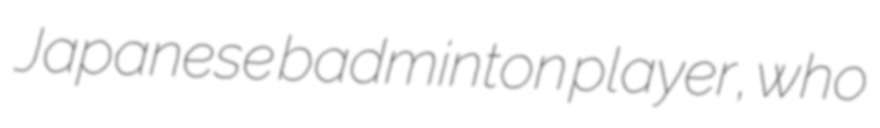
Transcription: Japanese badminton player, who